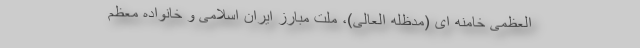
العظمی خامنه ای (مدظله العالی)، ملت مبارز ایران اسلامی و خانواده معظم